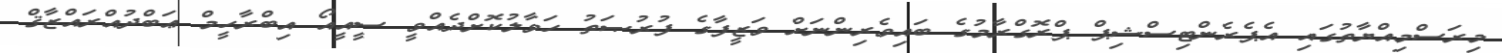
މިރަސްމިއްޔާތުގައި އެޕެރެންޓިސްޝިޕް ޕްރޮގްރާމުގެ ބައިވެރިންނަށް ވަޒީފާގެ ފުރުޞަތު ހަވާލުކޮށްދެއްވީ ސީއީއޯ އިބްރާހީމް ޢަބްދުއްރައްޒާޤް